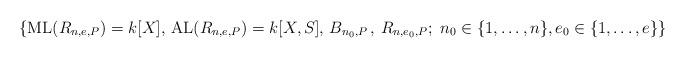
LaTeX: \begin{align*}\left\{ \mathrm{\mathrm{ML}}(R_{n,e,P})=k[X],\,\mathrm{\mathrm{AL}}(R_{n,e,P})=k[X,S],\, B_{n_{0},P}\,,\, R_{n,e_{0},P};\,\, n_{0}\in\{1,\ldots,n\},e_{0}\in\{1,\ldots,e\}\right\} \end{align*}